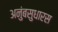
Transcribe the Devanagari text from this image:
अनुंबसुधारस